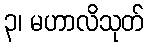
၃၊ မဟာလိသုတ်